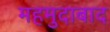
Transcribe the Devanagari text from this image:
महमुदाबाद